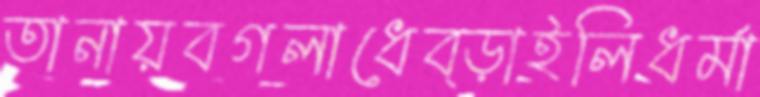
তানায়বগলাধেব্‌ড়াইলিধর্মা